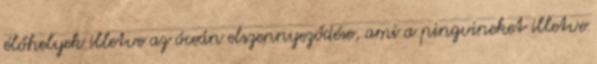
élőhelyek illetve az óceán elszennyeződése, ami a pingvineket illetve